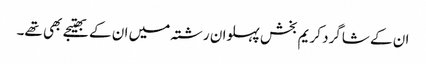
ان کے شاگرد کریم بخش پہلوان رشتہ میں ان کے بھتیجے بھی تھے۔